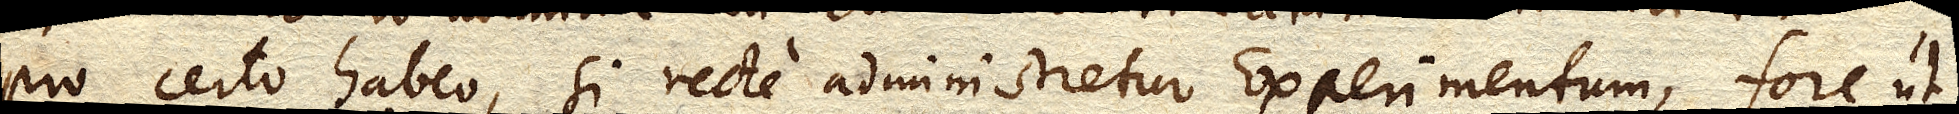
Pro certo habeo, si recte administretur Experimentum, fore ut